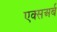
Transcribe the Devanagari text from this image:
एक्सअर्ब